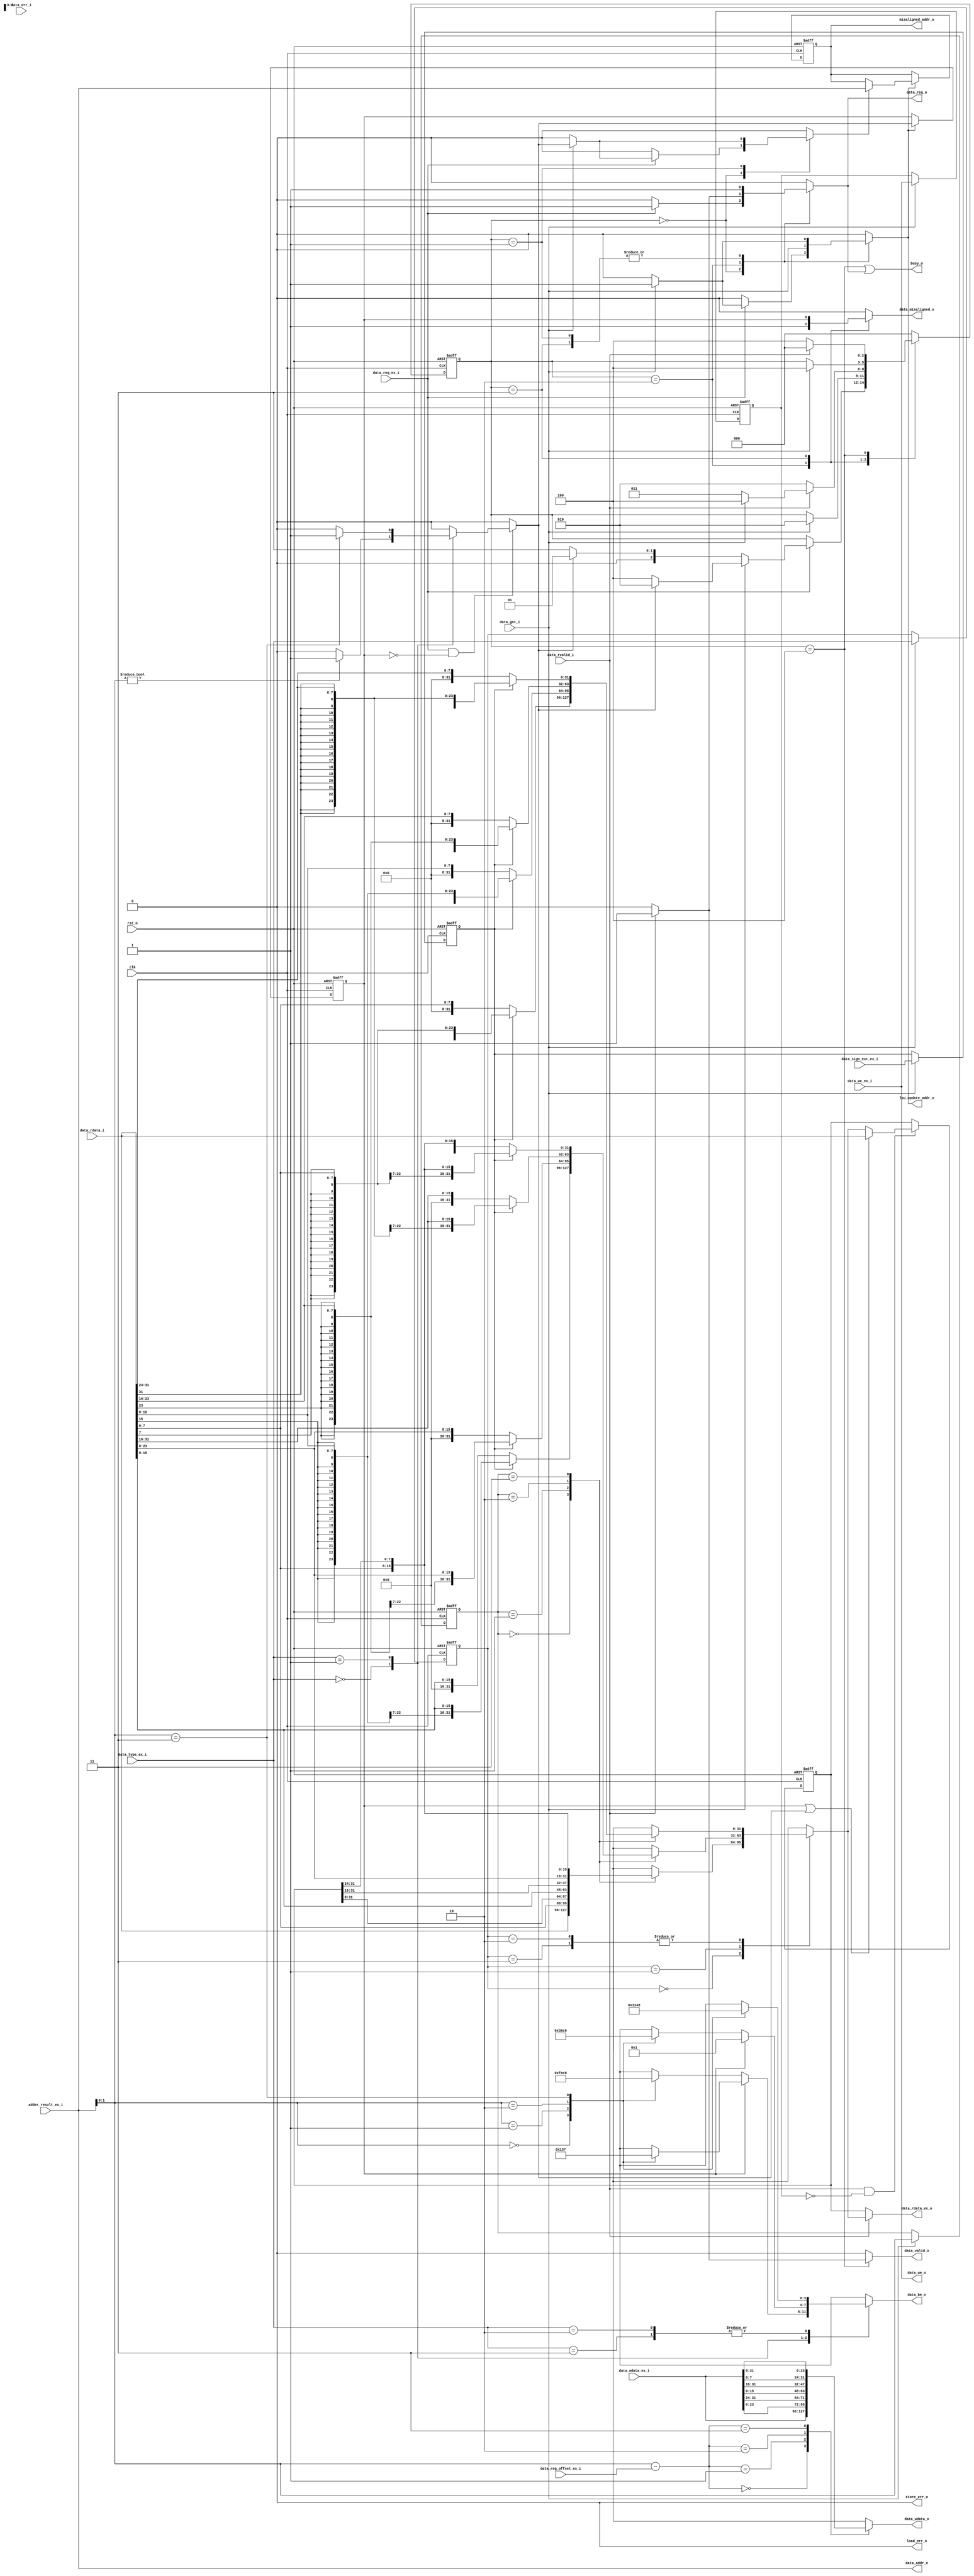
// Copyright lowRISC contributors.
// Copyright 2018 ETH Zurich and University of Bologna.
// Licensed under the Apache License, Version 2.0, see LICENSE for details.
// SPDX-License-Identifier: Apache-2.0

////////////////////////////////////////////////////////////////////////////////
//                                                                            //
// Additional contributions by:                                               //
//                 Igor Loi - igor.loi@unibo.it                               //
//                 Andreas Traber - atraber@student.ethz.ch                   //
//                 Sven Stucki - svstucki@student.ethz.ch                     //
//                                                                            //
// Design Name:    Instruction Fetch Stage                                    //
// Project Name:   ibex                                                       //
// Language:       SystemVerilog                                              //
//                                                                            //
// Description:    Instruction fetch unit: Selection of the next PC, and      //
//                 buffering (sampling) of the read instruction               //
//                                                                            //
////////////////////////////////////////////////////////////////////////////////

module flexbex_ibex_load_store_unit (
	clk,
	rst_n,
	data_req_o,
	data_gnt_i,
	data_rvalid_i,
	data_err_i,
	data_addr_o,
	data_we_o,
	data_be_o,
	data_wdata_o,
	data_rdata_i,
	data_we_ex_i,
	data_type_ex_i,
	data_wdata_ex_i,
	data_reg_offset_ex_i,
	data_sign_ext_ex_i,
	data_rdata_ex_o,
	data_req_ex_i,
	adder_result_ex_i,
	data_misaligned_o,
	misaligned_addr_o,
	load_err_o,
	store_err_o,
	lsu_update_addr_o,
	data_valid_o,
	busy_o
);
	input wire clk;
	input wire rst_n;
	output reg data_req_o;
	input wire data_gnt_i;
	input wire data_rvalid_i;
	input wire data_err_i;
	output wire [31:0] data_addr_o;
	output wire data_we_o;
	output wire [3:0] data_be_o;
	output wire [31:0] data_wdata_o;
	input wire [31:0] data_rdata_i;
	input wire data_we_ex_i;
	input wire [1:0] data_type_ex_i;
	input wire [31:0] data_wdata_ex_i;
	input wire [1:0] data_reg_offset_ex_i;
	input wire data_sign_ext_ex_i;
	output wire [31:0] data_rdata_ex_o;
	input wire data_req_ex_i;
	input wire [31:0] adder_result_ex_i;
	output reg data_misaligned_o;
	output reg [31:0] misaligned_addr_o;
	output wire load_err_o;
	output wire store_err_o;
	output reg lsu_update_addr_o;
	output reg data_valid_o;
	output wire busy_o;
	wire [31:0] data_addr_int;
	reg [1:0] data_type_q;
	reg [1:0] rdata_offset_q;
	reg data_sign_ext_q;
	reg data_we_q;
	wire [1:0] wdata_offset;
	reg [3:0] data_be;
	reg [31:0] data_wdata;
	wire misaligned_st;
	reg data_misaligned;
	reg data_misaligned_q;
	reg increase_address;
	reg [2:0] CS;
	reg [2:0] NS;
	reg [31:0] rdata_q;
	always @(*)
		case (data_type_ex_i)
			2'b00:
				if (!misaligned_st)
					case (data_addr_int[1:0])
						2'b00: data_be = 4'b1111;
						2'b01: data_be = 4'b1110;
						2'b10: data_be = 4'b1100;
						2'b11: data_be = 4'b1000;
					endcase
				else
					case (data_addr_int[1:0])
						2'b00: data_be = 4'b0000;
						2'b01: data_be = 4'b0001;
						2'b10: data_be = 4'b0011;
						2'b11: data_be = 4'b0111;
					endcase
			2'b01:
				if (!misaligned_st)
					case (data_addr_int[1:0])
						2'b00: data_be = 4'b0011;
						2'b01: data_be = 4'b0110;
						2'b10: data_be = 4'b1100;
						2'b11: data_be = 4'b1000;
					endcase
				else
					data_be = 4'b0001;
			2'b10, 2'b11:
				case (data_addr_int[1:0])
					2'b00: data_be = 4'b0001;
					2'b01: data_be = 4'b0010;
					2'b10: data_be = 4'b0100;
					2'b11: data_be = 4'b1000;
				endcase
		endcase
	assign wdata_offset = data_addr_int[1:0] - data_reg_offset_ex_i[1:0];
	always @(*)
		case (wdata_offset)
			2'b00: data_wdata = data_wdata_ex_i[31:0];
			2'b01: data_wdata = {data_wdata_ex_i[23:0], data_wdata_ex_i[31:24]};
			2'b10: data_wdata = {data_wdata_ex_i[15:0], data_wdata_ex_i[31:16]};
			2'b11: data_wdata = {data_wdata_ex_i[7:0], data_wdata_ex_i[31:8]};
		endcase
	always @(posedge clk or negedge rst_n)
		if (!rst_n) begin
			data_type_q <= 2'h0;
			rdata_offset_q <= 2'h0;
			data_sign_ext_q <= 1'b0;
			data_we_q <= 1'b0;
		end
		else if (data_gnt_i) begin
			data_type_q <= data_type_ex_i;
			rdata_offset_q <= data_addr_int[1:0];
			data_sign_ext_q <= data_sign_ext_ex_i;
			data_we_q <= data_we_ex_i;
		end
	reg [31:0] data_rdata_ext;
	reg [31:0] rdata_w_ext;
	reg [31:0] rdata_h_ext;
	reg [31:0] rdata_b_ext;
	always @(*)
		case (rdata_offset_q)
			2'b00: rdata_w_ext = data_rdata_i[31:0];
			2'b01: rdata_w_ext = {data_rdata_i[7:0], rdata_q[31:8]};
			2'b10: rdata_w_ext = {data_rdata_i[15:0], rdata_q[31:16]};
			2'b11: rdata_w_ext = {data_rdata_i[23:0], rdata_q[31:24]};
		endcase
	always @(*)
		case (rdata_offset_q)
			2'b00:
				if (!data_sign_ext_q)
					rdata_h_ext = {16'h0000, data_rdata_i[15:0]};
				else
					rdata_h_ext = {{16 {data_rdata_i[15]}}, data_rdata_i[15:0]};
			2'b01:
				if (!data_sign_ext_q)
					rdata_h_ext = {16'h0000, data_rdata_i[23:8]};
				else
					rdata_h_ext = {{16 {data_rdata_i[23]}}, data_rdata_i[23:8]};
			2'b10:
				if (!data_sign_ext_q)
					rdata_h_ext = {16'h0000, data_rdata_i[31:16]};
				else
					rdata_h_ext = {{16 {data_rdata_i[31]}}, data_rdata_i[31:16]};
			2'b11:
				if (!data_sign_ext_q)
					rdata_h_ext = {16'h0000, data_rdata_i[7:0], rdata_q[31:24]};
				else
					rdata_h_ext = {{16 {data_rdata_i[7]}}, data_rdata_i[7:0], rdata_q[31:24]};
		endcase
	always @(*)
		case (rdata_offset_q)
			2'b00:
				if (!data_sign_ext_q)
					rdata_b_ext = {24'h000000, data_rdata_i[7:0]};
				else
					rdata_b_ext = {{24 {data_rdata_i[7]}}, data_rdata_i[7:0]};
			2'b01:
				if (!data_sign_ext_q)
					rdata_b_ext = {24'h000000, data_rdata_i[15:8]};
				else
					rdata_b_ext = {{24 {data_rdata_i[15]}}, data_rdata_i[15:8]};
			2'b10:
				if (!data_sign_ext_q)
					rdata_b_ext = {24'h000000, data_rdata_i[23:16]};
				else
					rdata_b_ext = {{24 {data_rdata_i[23]}}, data_rdata_i[23:16]};
			2'b11:
				if (!data_sign_ext_q)
					rdata_b_ext = {24'h000000, data_rdata_i[31:24]};
				else
					rdata_b_ext = {{24 {data_rdata_i[31]}}, data_rdata_i[31:24]};
		endcase
	always @(*)
		case (data_type_q)
			2'b00: data_rdata_ext = rdata_w_ext;
			2'b01: data_rdata_ext = rdata_h_ext;
			2'b10, 2'b11: data_rdata_ext = rdata_b_ext;
		endcase
	always @(posedge clk or negedge rst_n)
		if (!rst_n) begin
			CS <= 3'd0;
			rdata_q <= 1'sb0;
			data_misaligned_q <= 1'sb0;
			misaligned_addr_o <= 32'b00000000000000000000000000000000;
		end
		else begin
			CS <= NS;
			if (lsu_update_addr_o) begin
				data_misaligned_q <= data_misaligned;
				if (increase_address)
					misaligned_addr_o <= data_addr_int;
			end
			if (data_rvalid_i && !data_we_q)
				if (data_misaligned_q || data_misaligned)
					rdata_q <= data_rdata_i;
				else
					rdata_q <= data_rdata_ext;
		end
	assign data_rdata_ex_o = (data_rvalid_i ? data_rdata_ext : rdata_q);
	assign data_addr_o = data_addr_int;
	assign data_wdata_o = data_wdata;
	assign data_we_o = data_we_ex_i;
	assign data_be_o = data_be;
	assign misaligned_st = data_misaligned_q;
	assign load_err_o = 1'b0;
	assign store_err_o = 1'b0;
	always @(*) begin
		NS = CS;
		data_req_o = 1'b0;
		lsu_update_addr_o = 1'b0;
		data_valid_o = 1'b0;
		increase_address = 1'b0;
		data_misaligned_o = 1'b0;
		case (CS)
			3'd0:
				if (data_req_ex_i) begin
					data_req_o = data_req_ex_i;
					if (data_gnt_i) begin
						lsu_update_addr_o = 1'b1;
						increase_address = data_misaligned;
						NS = (data_misaligned ? 3'd2 : 3'd4);
					end
					else
						NS = (data_misaligned ? 3'd1 : 3'd3);
				end
			3'd1: begin
				data_req_o = 1'b1;
				if (data_gnt_i) begin
					lsu_update_addr_o = 1'b1;
					increase_address = data_misaligned;
					NS = 3'd2;
				end
			end
			3'd2: begin
				increase_address = 1'b0;
				data_misaligned_o = 1'b1;
				data_req_o = 1'b0;
				lsu_update_addr_o = data_gnt_i;
				if (data_rvalid_i) begin
					data_req_o = 1'b1;
					if (data_gnt_i)
						NS = 3'd4;
					else
						NS = 3'd3;
				end
				else
					NS = 3'd2;
			end
			3'd3: begin
				data_misaligned_o = data_misaligned_q;
				data_req_o = 1'b1;
				if (data_gnt_i) begin
					lsu_update_addr_o = 1'b1;
					NS = 3'd4;
				end
			end
			3'd4: begin
				data_req_o = 1'b0;
				if (data_rvalid_i) begin
					data_valid_o = 1'b1;
					NS = 3'd0;
				end
				else
					NS = 3'd4;
			end
			default: NS = 3'd0;
		endcase
	end
	always @(*) begin
		data_misaligned = 1'b0;
		if (data_req_ex_i && !data_misaligned_q)
			case (data_type_ex_i)
				2'b00:
					if (data_addr_int[1:0] != 2'b00)
						data_misaligned = 1'b1;
				2'b01:
					if (data_addr_int[1:0] == 2'b11)
						data_misaligned = 1'b1;
				default:
					;
			endcase
	end
	assign data_addr_int = adder_result_ex_i;
	assign busy_o = (CS == 3'd4) | (data_req_o == 1'b1);
endmodule